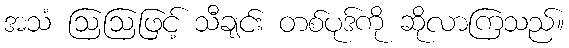
အသံ ဩဩဖြင့် သီချင်း တစ်ပုဒ်ကို ဆိုလာကြသည်။